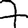
Digit: 7